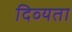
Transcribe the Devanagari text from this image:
दिव्‍यता